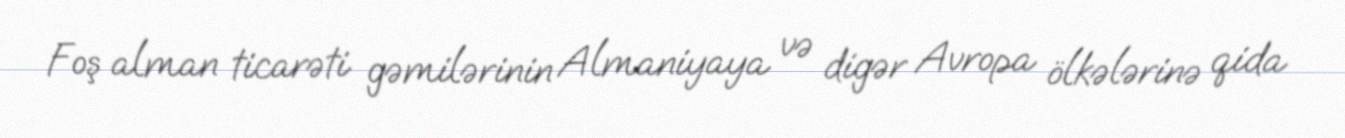
Foş alman ticarəti gəmilərinin Almaniyaya və digər Avropa ölkələrinə qida